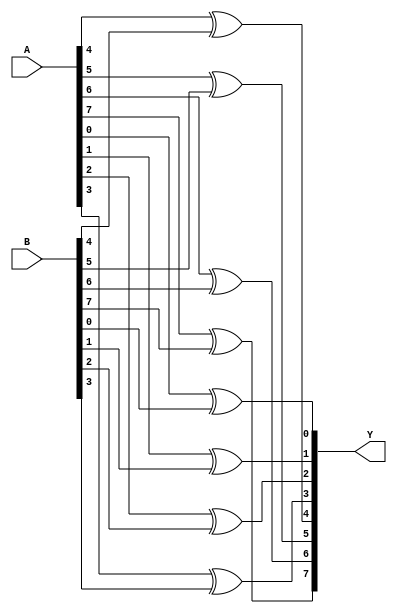
module xor_8bit(A, B, Y);

	input [7:0] A, B;
	output [7:0] Y;
	
	xor(Y[0],A[0],B[0]);
	xor(Y[1],A[1],B[1]);
	xor(Y[2],A[2],B[2]);
	xor(Y[3],A[3],B[3]);
	xor(Y[4],A[4],B[4]);
	xor(Y[5],A[5],B[5]);
	xor(Y[6],A[6],B[6]);
	xor(Y[7],A[7],B[7]);

endmodule //xor_8bit